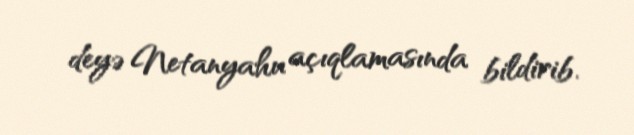
deyə Netanyahu açıqlamasında bildirib.